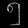
Digit: ၅